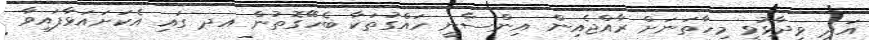
އަދި ވިދާޅުވީ މިހާތަނަށް ރާއްޖެއިން އިންސާނީ ހައްގުތަކާ ބެހޭގޮތުން އދ ގައި އެކަށައަޅާފައިވާ